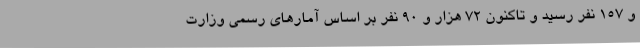
و ۱۵۷ نفر رسید و تاکنون ۷۲ هزار و ۹۰ نفر بر اساس آمارهای رسمی وزارت